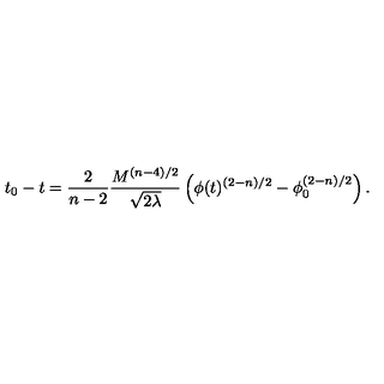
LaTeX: t _ { 0 } - t = { \frac { 2 } { n - 2 } } { \frac { M ^ { ( n - 4 ) / 2 } } { \sqrt { 2 \lambda } } } \left( \phi ( t ) ^ { ( 2 - n ) / 2 } - \phi _ { 0 } ^ { ( 2 - n ) / 2 } \right) .